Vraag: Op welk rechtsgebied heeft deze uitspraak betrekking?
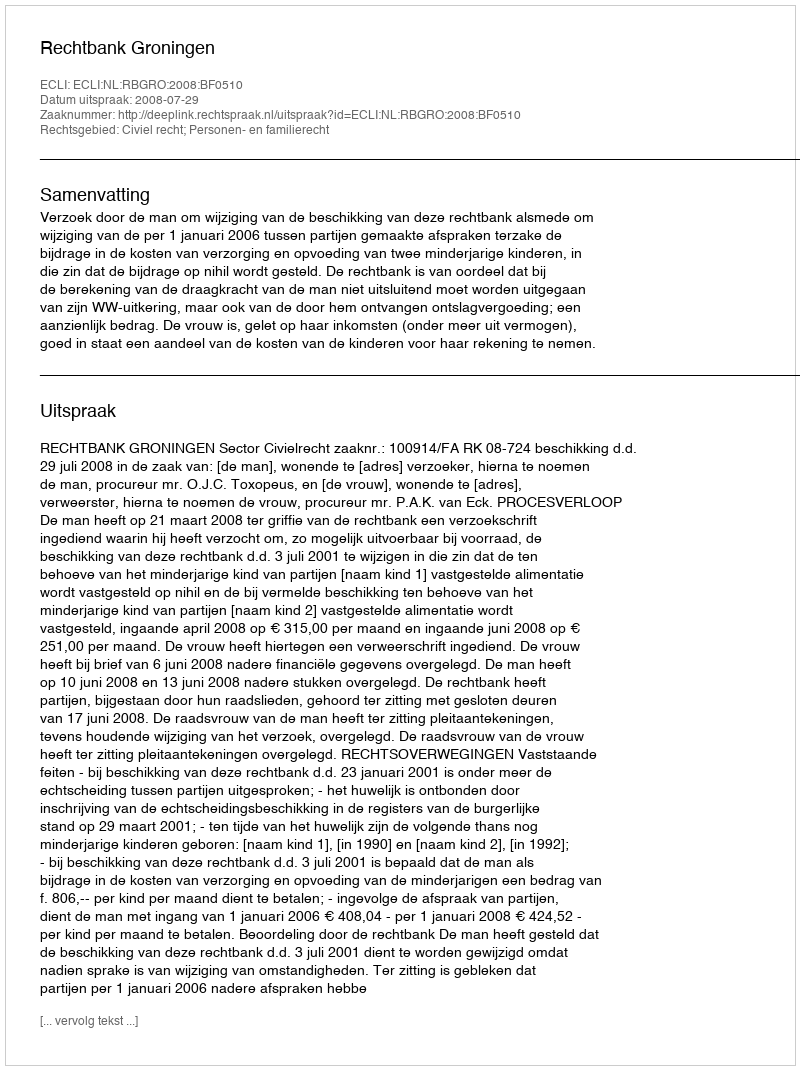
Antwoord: Civiel recht; Personen- en familierecht